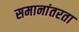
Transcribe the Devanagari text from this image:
समानांतरता